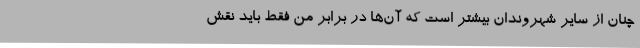
چنان از سایر شهروندان بیشتر است که آن‌ها در برابر من فقط باید نقش